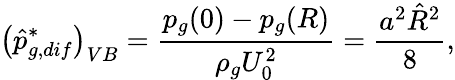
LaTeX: \left(\hat{p}_{g,dif}^{*}\right)_{VB}=\frac{p_{g}(0)-p_{g}(R)}{\rho_{g}U_{0}^{2}}=\frac{a^{2}\hat{R}^{2}}{8},